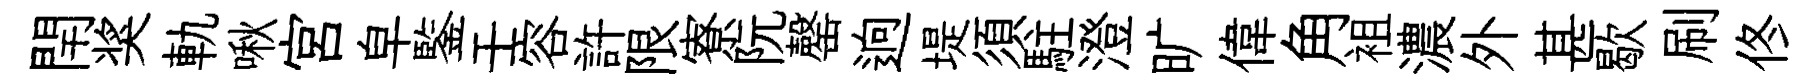
閈奖軌啾宫皁鍳壬容許限寮阮罄逈堤須駐澄旷偉角袓濃外甚歇刷佟